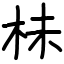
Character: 㭑